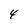
Character: 4